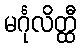
မင်္ဂုလိတ္ထီ